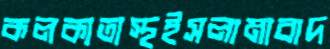
কলকাতাস্থইসলামাবাদ